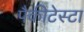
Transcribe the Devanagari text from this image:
पैकीटेस्टा